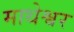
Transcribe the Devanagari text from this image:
माथेश्वर